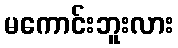
မကောင်းဘူးလား